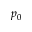
p _ { 0 }